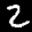
Label: 2